Scottish Leaving Certificate Examination, 1954
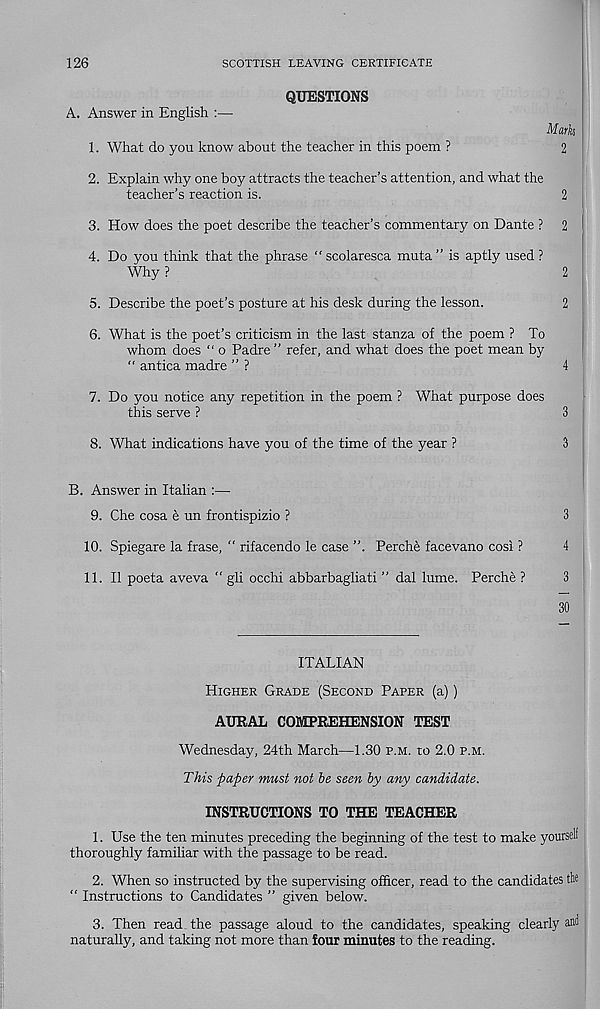
126
SCOTTISH LEAVING CERTIFICATE
A.
QUESTIONS
Answer in English :—•
Mark
1. What do you know about the teacher in this poem ?
2
2. Explain why one boy attracts the teacher’s attention, and what the
teacher’s reaction is.
2
3. How does the poet describe the teacher’s commentary on Dante ? 2
4. Do you think that the phrase “ scolaresca muta ” is aptly used ?
Why ?
2
5. Describe the poet’s posture at his desk during the lesson.
2
6. What is the poet’s criticism in the last stanza of the poem ? To
whom does “ o Padre ” refer, and what does the poet mean by
“ antica madre ” ?
4
7. Do you notice any repetition in the poem ? What purpose does
this serve ?
3
8. What indications have you of the time of the year ?
3
B. Answer in Italian :—
9. Che cosa e un frontispizio ?
3
10. Spiegare la frase, “ rifacendo le case ”. Perche facevano cosi ?
4
11. II poeta aveva “ gli occhi abbarbagliati ” dal lume. Perche ?
3
30
ITALIAN
Higher Grade (Second Paper (a))
AURAL COMPREHENSION TEST
Wednesday, 24th March—1.30 p.m. to 2.0 p.m.
This paper must not he seen by any candidate.
INSTRUCTIONS TO THE TEACHER
1. Use the ten minutes preceding the beginning of the test to make yourself
thoroughly familiar with the passage to be read.
2. When so instructed by the supervising officer, read to the candidates the
“ Instructions to Candidates ” given below.
3. Then read the passage aloud to the candidates, speaking clearly ami
naturally, and taking not more than four minutes to the reading.